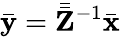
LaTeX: \bar{\mathbf{y}}=\bar{\bar{\mathbf{Z}}}^{-1}\bar{\mathbf{x}}